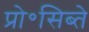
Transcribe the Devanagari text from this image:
प्रो॰सिब्ते